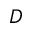
D